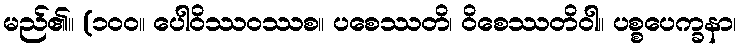
မည်၏။ (၁၀၀။ ပေါဝိဿဝဿစ။ ပစေဿတိ၊ ဝိစေဿတိဝါ။ ပစ္စပေက္ခနာ၊